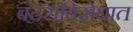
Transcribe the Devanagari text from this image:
बंदराविरोधात